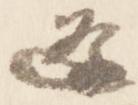
逢